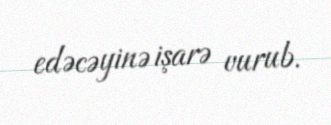
edəcəyinə işarə vurub.